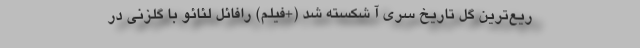
ریع‌ترین گل تاریخ سری آ شکسته شد (+فیلم) رافائل لئائو با گلزنی در